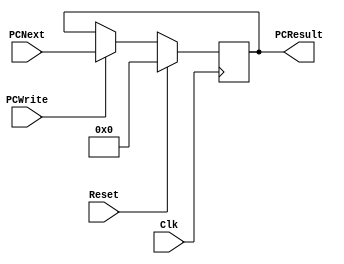
////////////////////////////////////////////////////////////////////////////////
// Module - ProgramCounter.v
// Description - 32-Bit program counter (PC) register.
//
// INPUTS:-
// Address: 32-Bit address input port.
// Reset: 1-Bit input control signal.
// Clk: 1-Bit input clock signal.
//
// OUTPUTS:-
// PCResult: 32-Bit registered output port.
//
////////////////////////////////////////////////////////////////////////////////

module ProgramCounter(
    output reg [31:0]  PCResult,
    input [31:0] PCNext,
    input Reset,
    input Clk,
    input PCWrite
);

	initial begin
	
		PCResult <= 32'h00000000;
	end

    always @(posedge Clk)
    begin
    	if (Reset == 1)
    	begin
    		PCResult <= 32'h00000000;
    	end
    	else
    	begin
			if (PCWrite == 1) begin
				PCResult <= PCNext;
			end
    	end
    end

endmodule